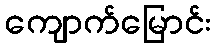
ကျောက်မြောင်း